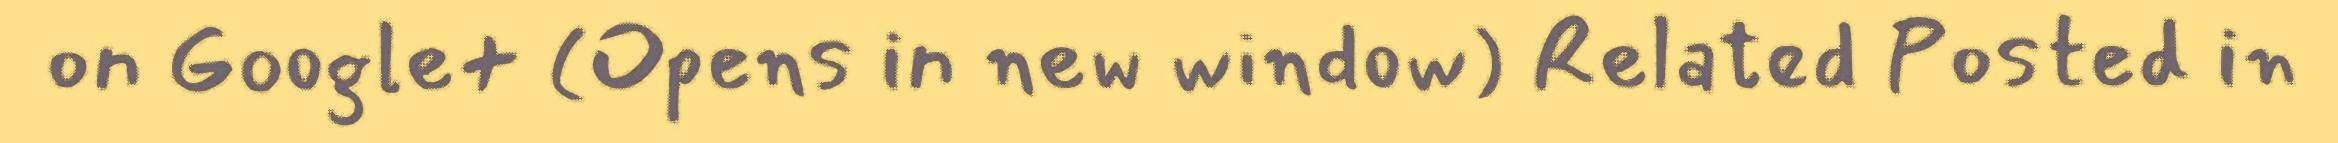
on Google+ (Opens in new window) Related Posted in